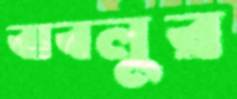
বাবলুর